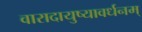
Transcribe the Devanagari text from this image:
वारादायुष्यावर्धनम्